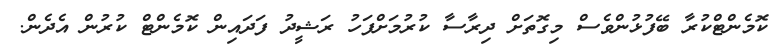
ކޮމެންޓްކުރާ ބޭފުޅުންވެސް މިގޮތަށް ދިރާސާ ކުރުމަށްފަހު ރަޝީދު ފަދައިން ކޮމެންޓް ކުރުން އެދެން.